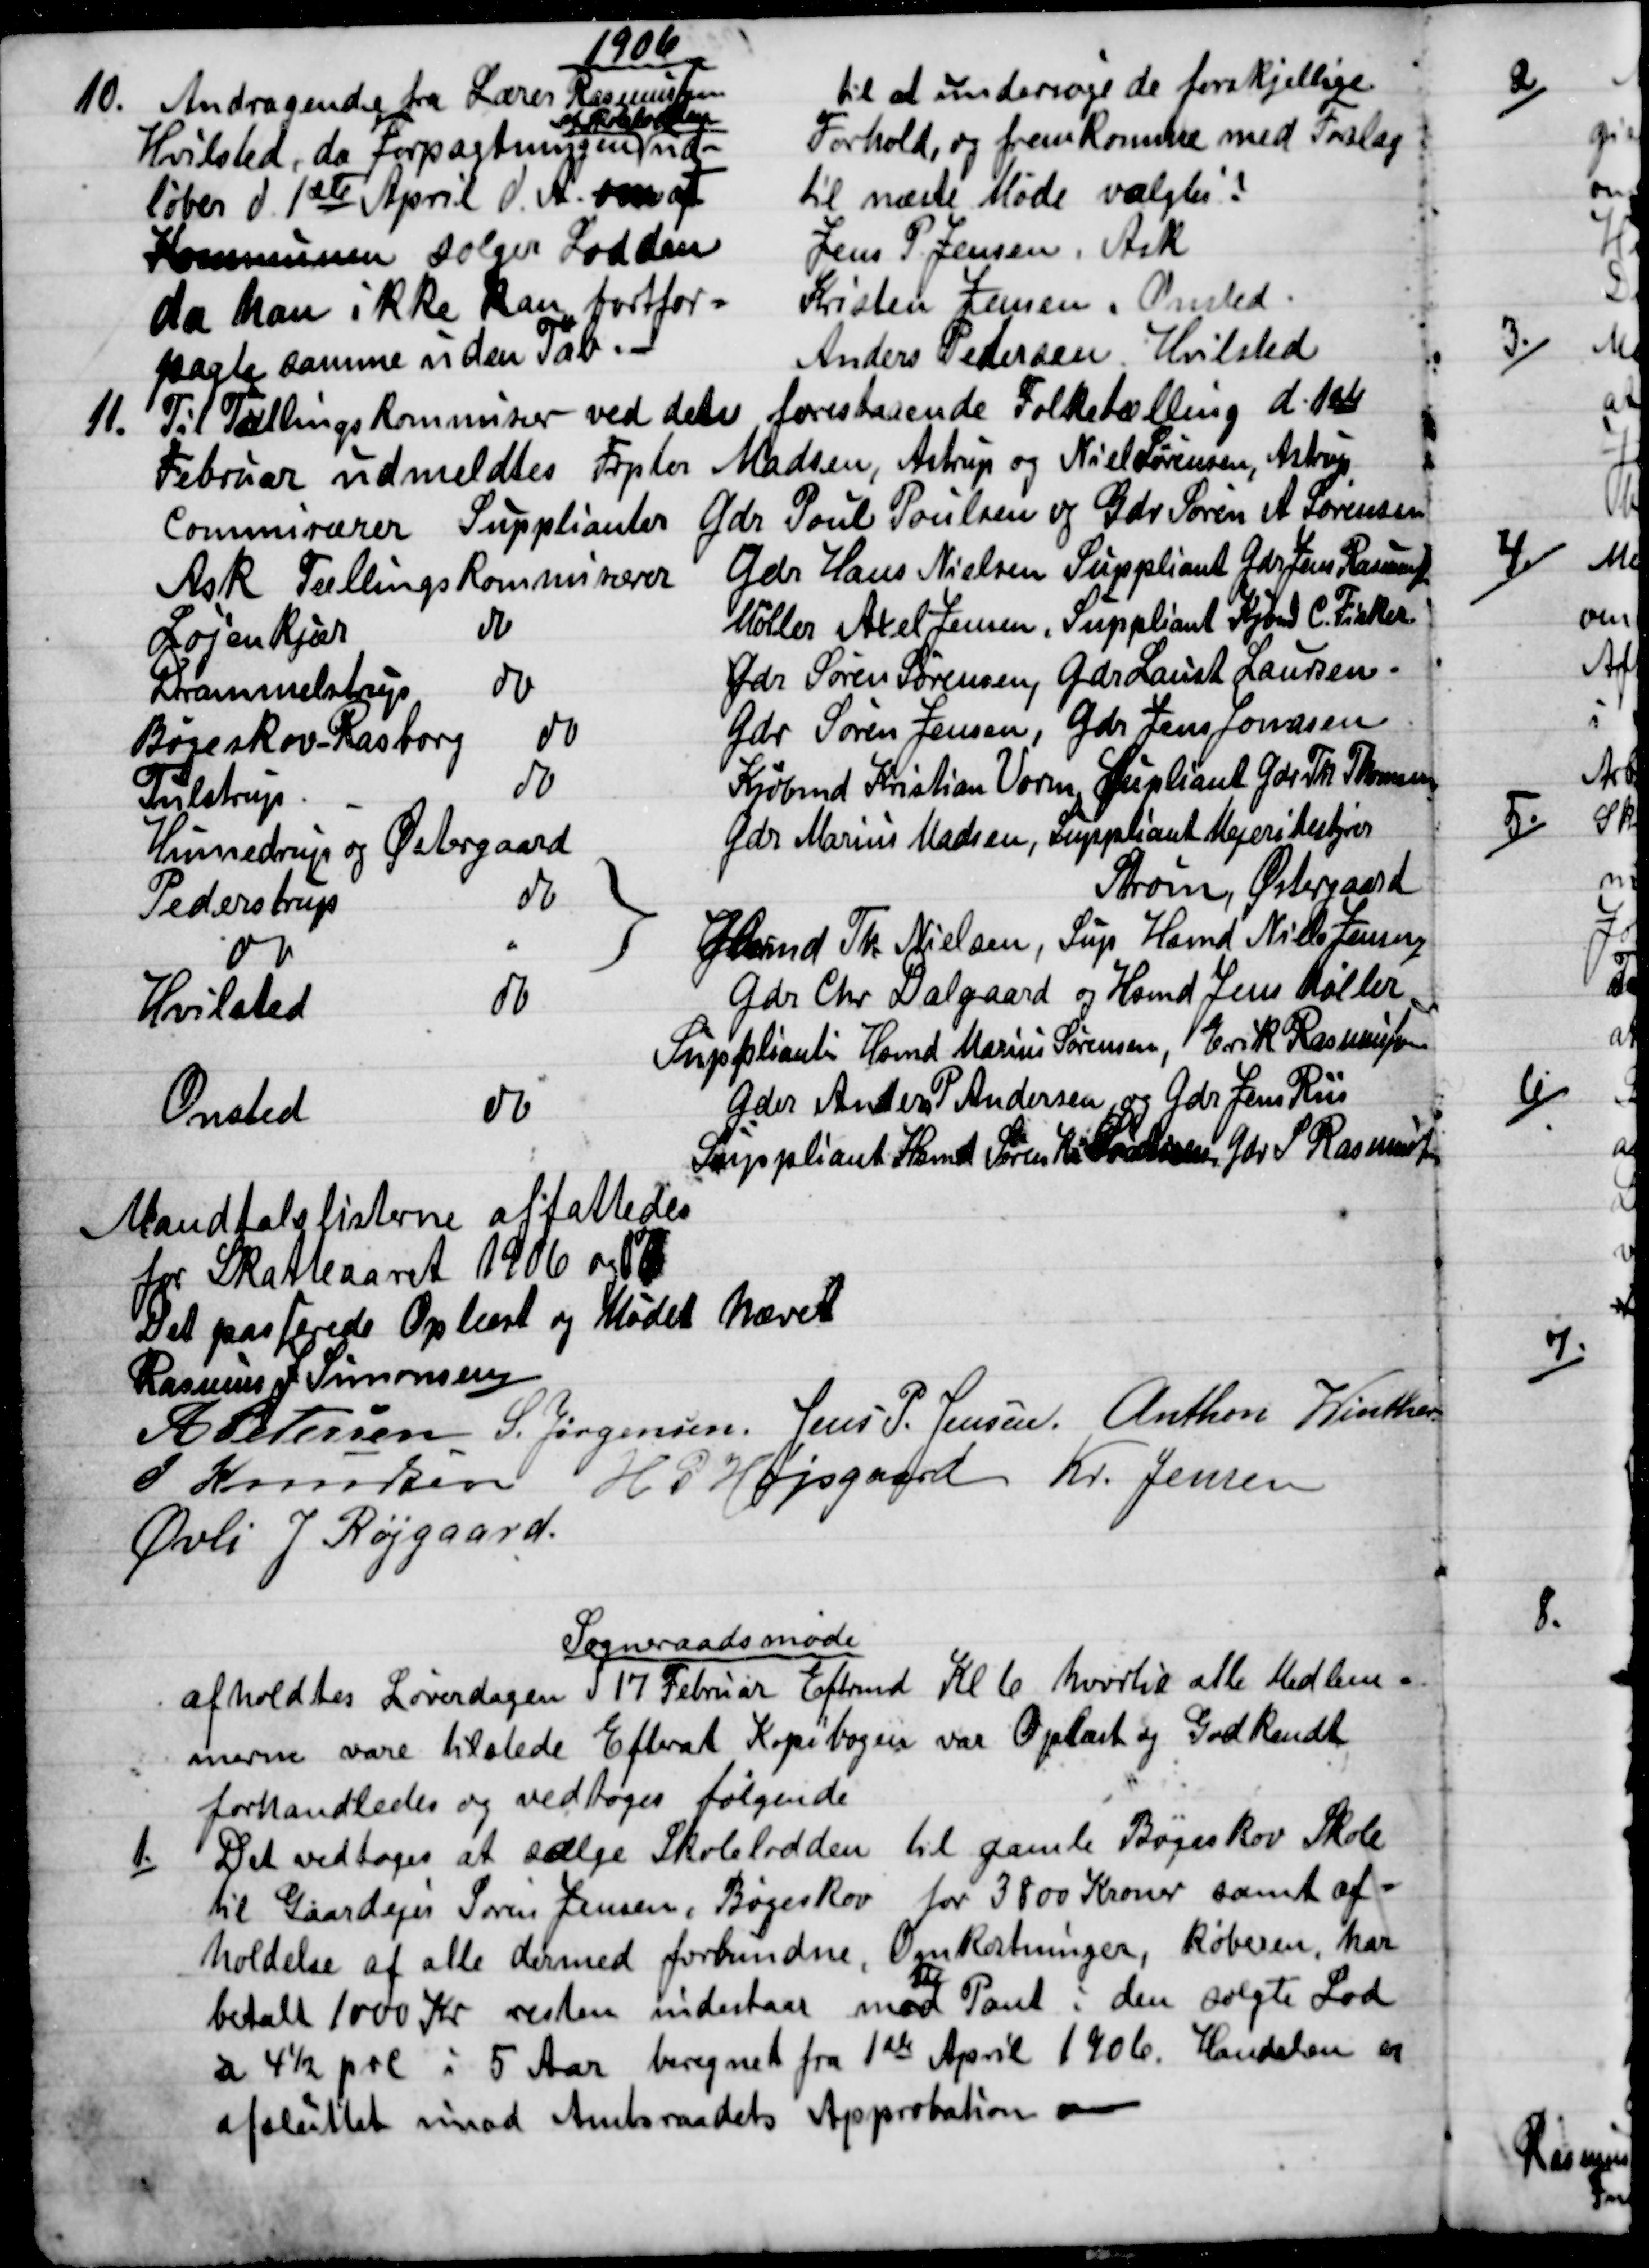
Transskription:
1906
10.
1Andragende fra Lærer Rasmussen
Hvilsted, da Forpagtningen 
af Skolelodden
ud-
løber d. 1ste April d. A. om at
Kommunen sælger Lodden
da han ikke kan bortfor-
pagte samme uden Tab
til at undersøge de forskjellige
Forhold, og fremkomme med Forslag
til næste Møde valgtes?
Jens P. Jensen, Ask
Kristen Lansen. Onsted.
Anders Pedersen. Hvilsted
11. 
Til Tællingskommisær ved den forestaaende Folketælling d. 1ste
Februar udmeldtes Frpter Madsen, Astrup og Niel Sørensen, Astrup
Commisærer Supplianter Gdr Poul Poulsen og Gdr Søren A Sørensen 
Ask Tællingskommisærer
Gdr Hans Nielsen Suppliant Gdr Jens Rasmussen
Løjenkjær 
do
Møller Axel Jensen, Suppliant Kjbmd C. Fisker
Drammelstrup 
do
Gdr Søren Sørensen, Gdr Laust Laursen
Bøgeskov - Rasborg 
do
Gdr Søren Jensen, Gdr Jens Jonasen
Tulstrup 
do
Krøbmd Kristian Vorm, Supliant Gdr Th Thomsen
Hinnedrup og Østergaard
Gdr Marius Madsen, Suppliant Mejeribestyrer
Strøm, Østergaard
Pederstrup 
do
do
Hsmd Th Nielsen, Sup Hsmd Niels Jensen
Hvilsted 
do
Gdr Chr. Dalgaard og Hsmd Jens Møller
Supplianter Hsmd Marius Sørensen, Erik Rasmussen
Onsted 
do
Gdr Anders P Andersen og Gdr Jens Riis
Suppliant Hsmd Søren Kr Sørensen, Gdr S Rasmussen
Mandtalslisterne affattedes
for Skatteaaret 1906 og 07
Det passerede Oplæst og Mødet hævet
Rasmus J. Simonsen
A Petersen S. Jørgensen. Jens P. Jensen Anthon Winther
J Knudsen H P Højsgaard Kr. Jensen
Øvli J Røjgaard.
Sogneraadsmøde
afholdtes Løverdagen d 17 Februar Eftrmd Kl 6 hvortil alle Medlem=
merne vare tilstede Efterat Kopibogen var Oplæst og Godkendt
forhandledes og vedtoges følgende
1.)
Det vedtoges at sælge Skolelodden til gamle Bøgeskov Skole
til Gaardejer Søren Jensen, Bøgeskov for 3800 Kroner samt af=
holdelse af alle dermed forbundne, Omkostninger, Køberen, har
betalt 1000 Kr resten indestaar med 

Pant i den solgte Lod
a 4½ prc i 5 Aar beregnet fra 1ste April 1906. Handelen er
afsluttet imod Amtsraadets Approbation